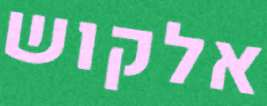
אלקוש